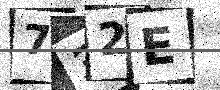
Text: 732E